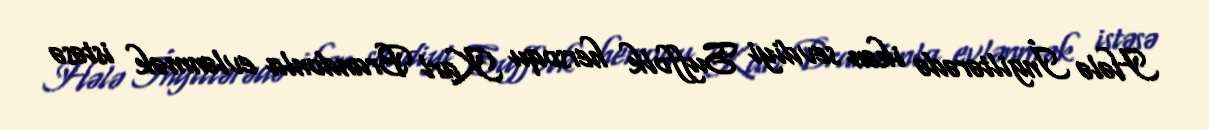
Hələ İngiltərədə ikən sevdiyi Suffolk hersoqu Karl Brandonla evlənmək istəsə